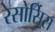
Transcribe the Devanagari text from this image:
रेसोर्सिस